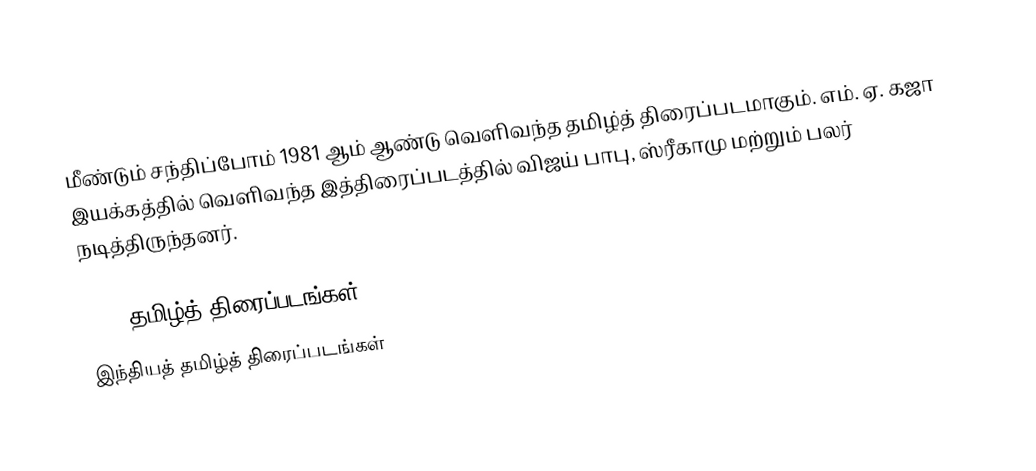
மீண்டும் சந்திப்போம் 1981 ஆம் ஆண்டு வெளிவந்த தமிழ்த் திரைப்படமாகும். எம். ஏ. கஜா இயக்கத்தில் வெளிவந்த இத்திரைப்படத்தில் விஜய் பாபு, ஸ்ரீகாமு மற்றும் பலர் நடித்திருந்தனர்.

1981 தமிழ்த் திரைப்படங்கள்
இந்தியத் தமிழ்த் திரைப்படங்கள்